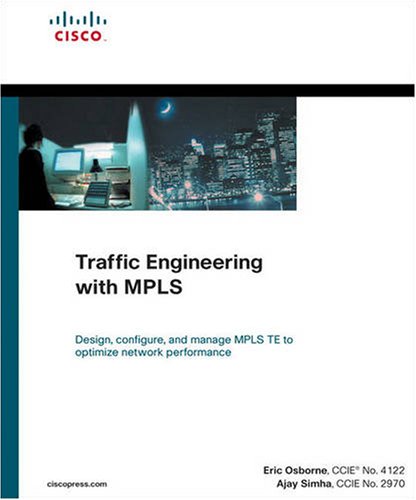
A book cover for Traffic Engineering with MPLS (paperback); Eric Osborne; Computers & Technology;